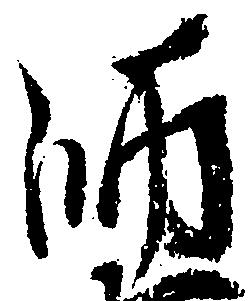
師